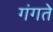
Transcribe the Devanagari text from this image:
गंगते